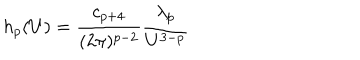
h _ { p } ( U ) = { \frac { c _ { p + 4 } } { ( 2 \pi ) ^ { p - 2 } } } { \frac { \lambda _ { p } } { U ^ { 3 - p } } }